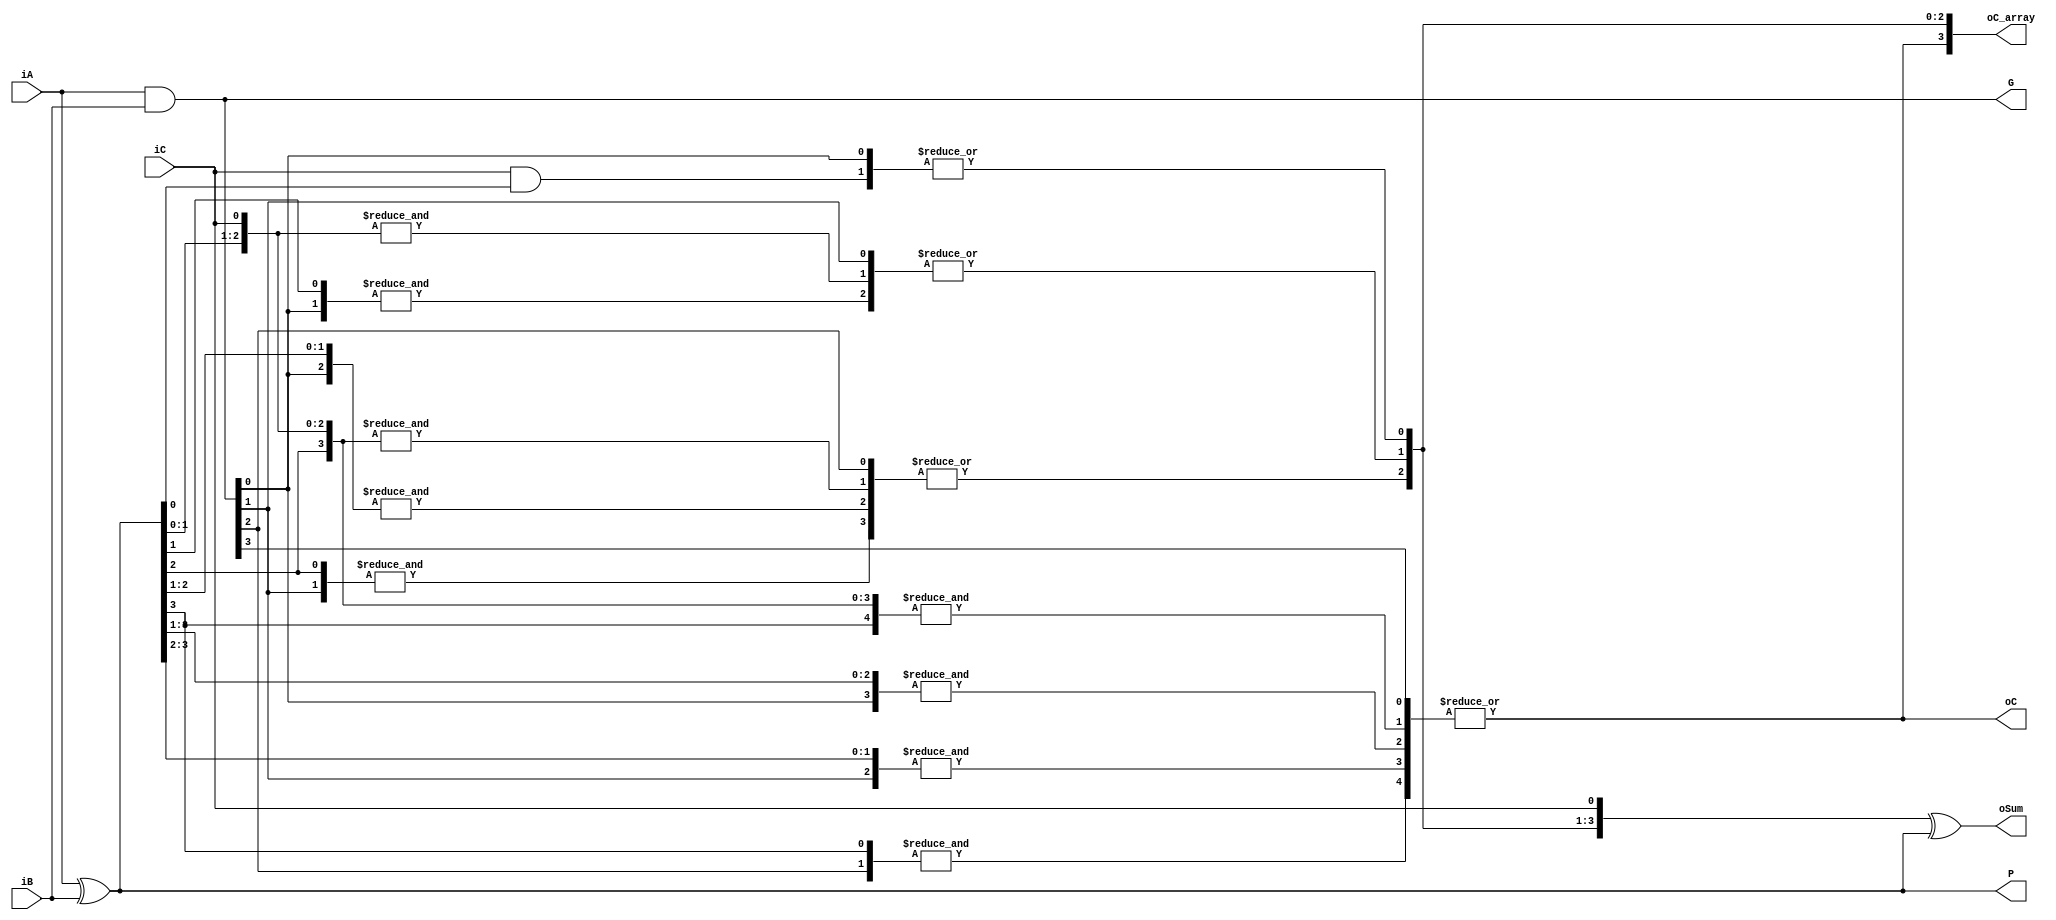
///////////////////////////////////////////5.627 0.144/////////////////////////////
module adder_4bit_test#(parameter ADDER_WIDTH = 4)(
    input  wire [ADDER_WIDTH-1:0] iA, iB,
    input  wire iC,
    output wire [ADDER_WIDTH-1:0] oSum,
    output wire [ADDER_WIDTH-1:0] G,
    output wire [ADDER_WIDTH-1:0] P,
    output wire [ADDER_WIDTH-1:0] oC_array,
    output wire oC
);
    wire [ADDER_WIDTH-1:0] wP = iA ^ iB;
    wire [ADDER_WIDTH-1:0] wG = iA & iB;
    wire [ADDER_WIDTH:0] wC;
    assign wC[0] = iC;
    //assign wC[1] = |{iA[0]&iB[0],iA[0]&iC,iC&iB[0]};
    assign wC[1] = |{wG[0],{iC&wP[0]}};
    //assign wC[2] = |{&{iA[1],iB[1]},&{iA[1],iA[0],iB[0]},&{iA[1],iA[0],iC},&{iA[1],iC,iB[0]},&{iB[1],iA[0],iB[0]},&{iB[1],iA[0],iC},&{iB[1],iC,iB[0]}};
    assign wC[2] = |{wG[1],&{wG[0],wP[1]},&{iC,wP[1:0]}};
    assign wC[3] = |{wG[2],&{wG[1],wP[2]},&{wG[0],wP[2:1]},&{iC,wP[2:0]}};
    assign wC[4] = |{wG[3],&{wG[2],wP[3]},&{wG[1],wP[3:2]},&{wG[0],wP[3:1]},&{iC,wP}};
    assign oC_array = wC[ADDER_WIDTH:1];
    assign oSum = wC[ADDER_WIDTH-1:0] ^ wP;
    assign oC = wC[ADDER_WIDTH];
    assign G = wG;
    assign P = wP;
endmodule
/////////////////////////5.043 0.144///////////////////////
//module adder_4bit_test#(parameter ADDER_WIDTH = 4)(
//    input  wire [ADDER_WIDTH-1:0] iA, iB,
//    input  wire iC,
//    output wire [ADDER_WIDTH-1:0] oSum,
//    output wire [ADDER_WIDTH-1:0] G,
//    output wire [ADDER_WIDTH-1:0] P,
//    output wire [ADDER_WIDTH-1:0] oC_array,
//    output wire oC
//);
//    wire [ADDER_WIDTH-1:0] wP = iA ^ iB;
//    wire [ADDER_WIDTH-1:0] wG = iA & iB;
//    wire [ADDER_WIDTH:0] wC;
//    assign wC[0] = iC;
//    //assign wC[1] = |{iA[0]&iB[0],iA[0]&iC,iC&iB[0]};
//    assign wC[1] = wG[0] | (iC&wP[0]);
//    //assign wC[2] = |{&{iA[1],iB[1]},&{iA[1],iA[0],iB[0]},&{iA[1],iA[0],iC},&{iA[1],iC,iB[0]},&{iB[1],iA[0],iB[0]},&{iB[1],iA[0],iC},&{iB[1],iC,iB[0]}};
//    assign wC[2] = wG[1] | (wG[0]&wP[1]) | (iC&wP[1]&wP[0]);
//    assign wC[3] = wG[2] | (wG[1]&wP[2]) | (wG[0]&wP[2]&wP[1]) | (iC&wP[2]&wP[0]);
//    assign wC[4] = wG[3] | (wG[2]&wP[3]) | (wG[1]&wP[3]&wP[2]) | (wG[0]&wP[3]&wP[2]&wP[1]) | (iC&wP[3]&wP[2]&wP[1]);
//    assign oC_array = wC[ADDER_WIDTH:1];
//    assign oSum = wC[ADDER_WIDTH-1:0] ^ wP;
//    assign oC = wC[ADDER_WIDTH];
//    assign G = wG;
//    assign P = wP;
//endmodule